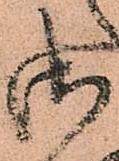
御